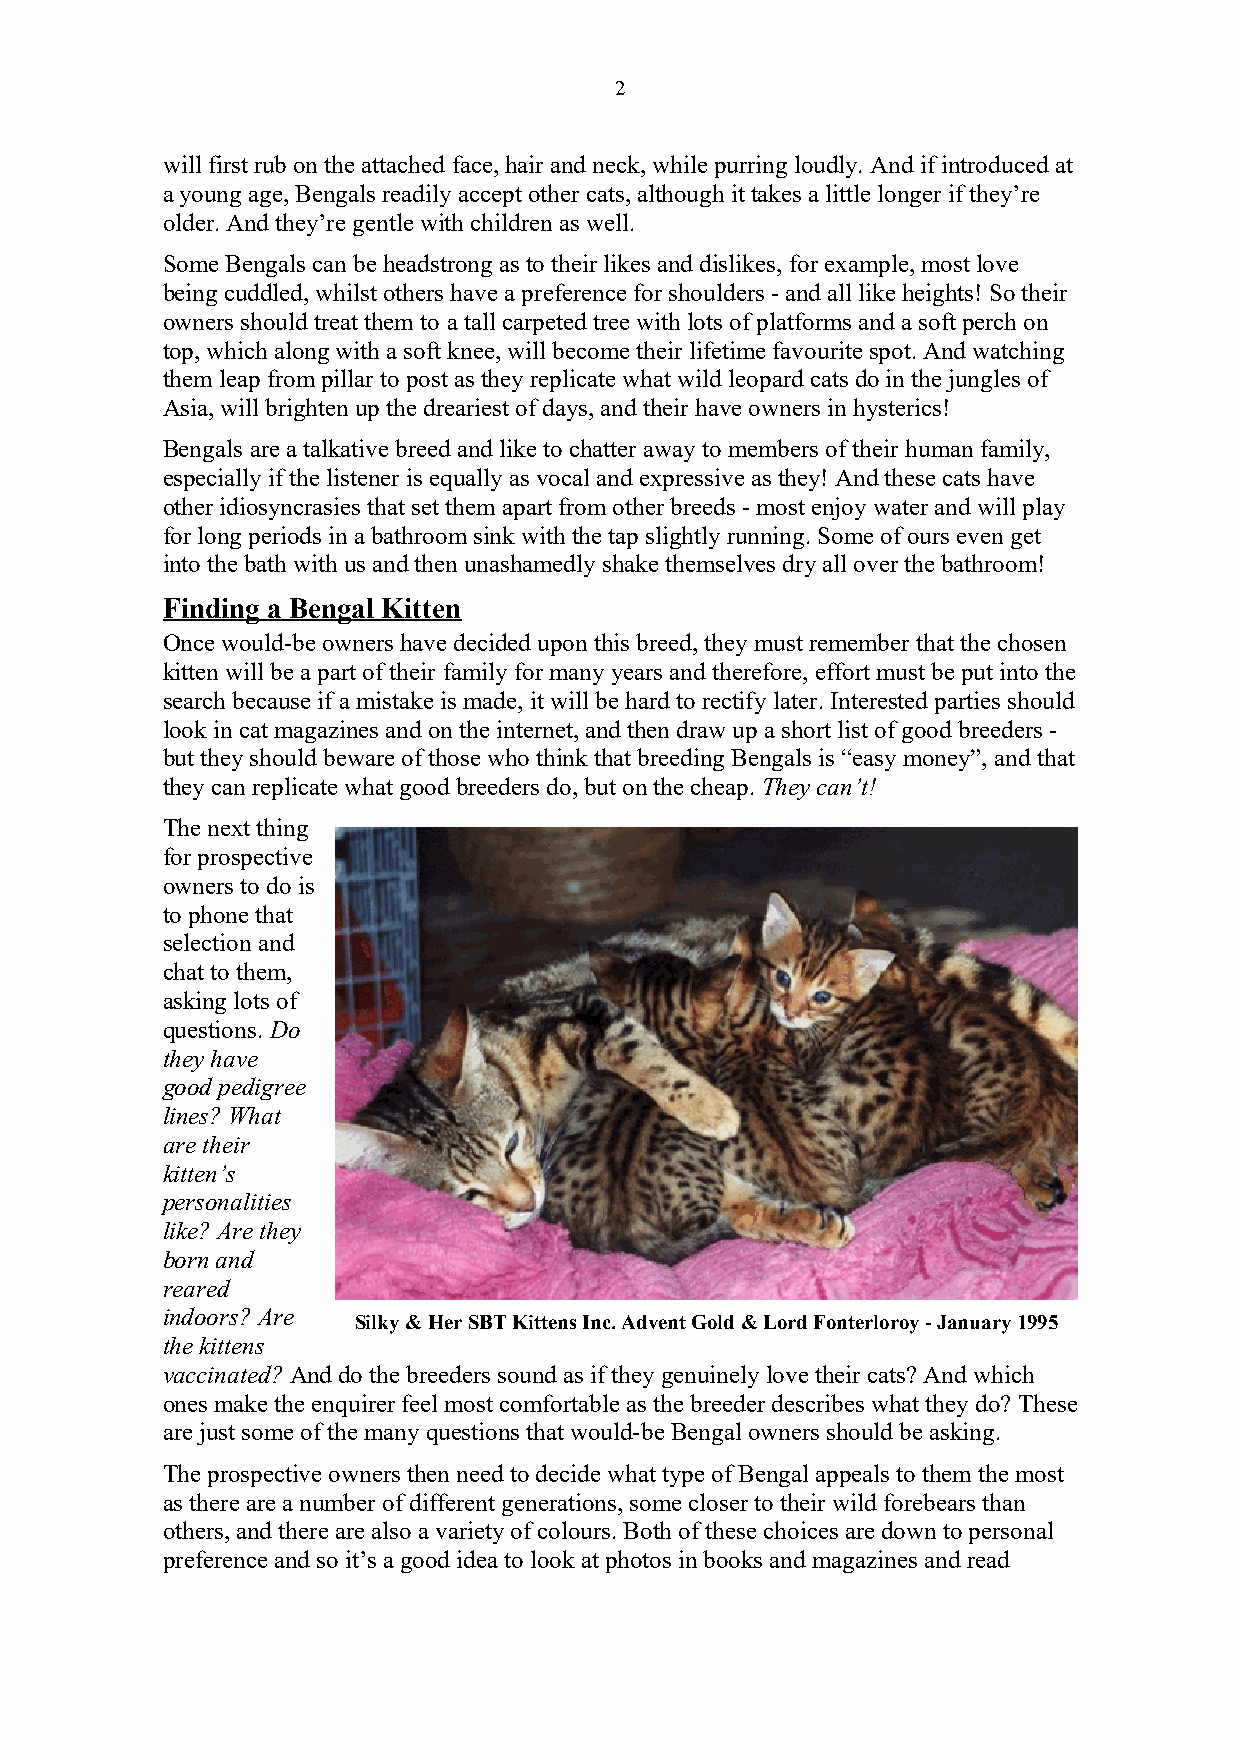
2
 will first rub on the attached face, hair and neck, while purring loudly. And if introduced at
 a young age, Bengals readily accept other cats, although it takes a little longer if they’re
 older. And they’re gentle with children as well.
 Some Bengals can be headstrong as to their likes and dislikes, for example, most love
 being cuddled, whilst others have a preference for shoulders - and all like heights! So their
 owners should treat them to a tall carpeted tree with lots of platforms and a soft perch on
 top, which along with a soft knee, will become their lifetime favourite spot. And watching
 them leap from pillar to post as they replicate what wild leopard cats do in the jungles of
 Asia, will brighten up the dreariest of days, and their have owners in hysterics!
 Bengals are a talkative breed and like to chatter away to members of their human family,
 especially if the listener is equally as vocal and expressive as they! And these cats have
 other idiosyncrasies that set them apart from other breeds - most enjoy water and will play
 for long periods in a bathroom sink with the tap slightly running. Some of ours even get
 into the bath with us and then unashamedly shake themselves dry all over the bathroom!
 Finding a Bengal Kitten
 Once would-be owners have decided upon this breed, they must remember that the chosen
 kitten will be a part of their family for many years and therefore, effort must be put into the
 search because if a mistake is made, it will be hard to rectify later. Interested parties should
 look in cat magazines and on the internet, and then draw up a short list of good breeders -
 but they should beware of those who think that breeding Bengals is “easy money”, and that
 they can replicate what good breeders do, but on the cheap. They can’t!
 The next thing
 for prospective
 owners to do is
 to phone that
 selection and
 chat to them,
 asking lots of
 questions. Do
 they have
 good pedigree
 lines? What
 are their
 kitten’s
 personalities
 like? Are they
 born and
 reared
 indoors? Are
 Silky & Her SBT Kittens Inc. Advent Gold & Lord Fonterloroy - January 1995
 the kittens
 vaccinated? And do the breeders sound as if they genuinely love their cats? And which
 ones make the enquirer feel most comfortable as the breeder describes what they do? These
 are just some of the many questions that would-be Bengal owners should be asking.
 The prospective owners then need to decide what type of Bengal appeals to them the most
 as there are a number of different generations, some closer to their wild forebears than
 others, and there are also a variety of colours. Both of these choices are down to personal
 preference and so it’s a good idea to look at photos in books and magazines and read